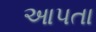
આપતા